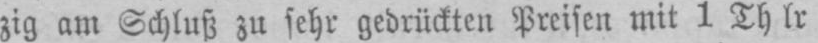
zig am Schluß zu sehr gedrückten Preisen mit 1 Thlr